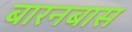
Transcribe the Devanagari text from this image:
बारनबास